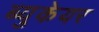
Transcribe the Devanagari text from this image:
ब्युकेयर